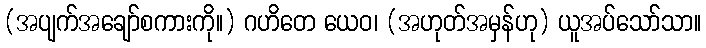
(အပျက်အချော်စကားကို။) ဂဟိတေ ယေဝ၊ (အဟုတ်အမှန်ဟု) ယူအပ်သော်သာ။